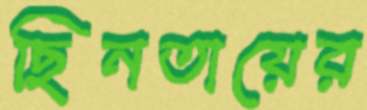
ছিনতায়ের